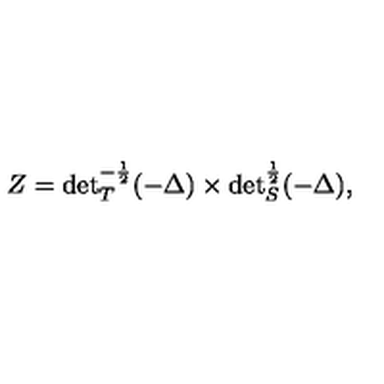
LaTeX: Z = { \det } _ { T } ^ { - \frac 1 2 } ( - \Delta ) \times { \det } _ { S } ^ { \frac 1 2 } ( - \Delta ) ,